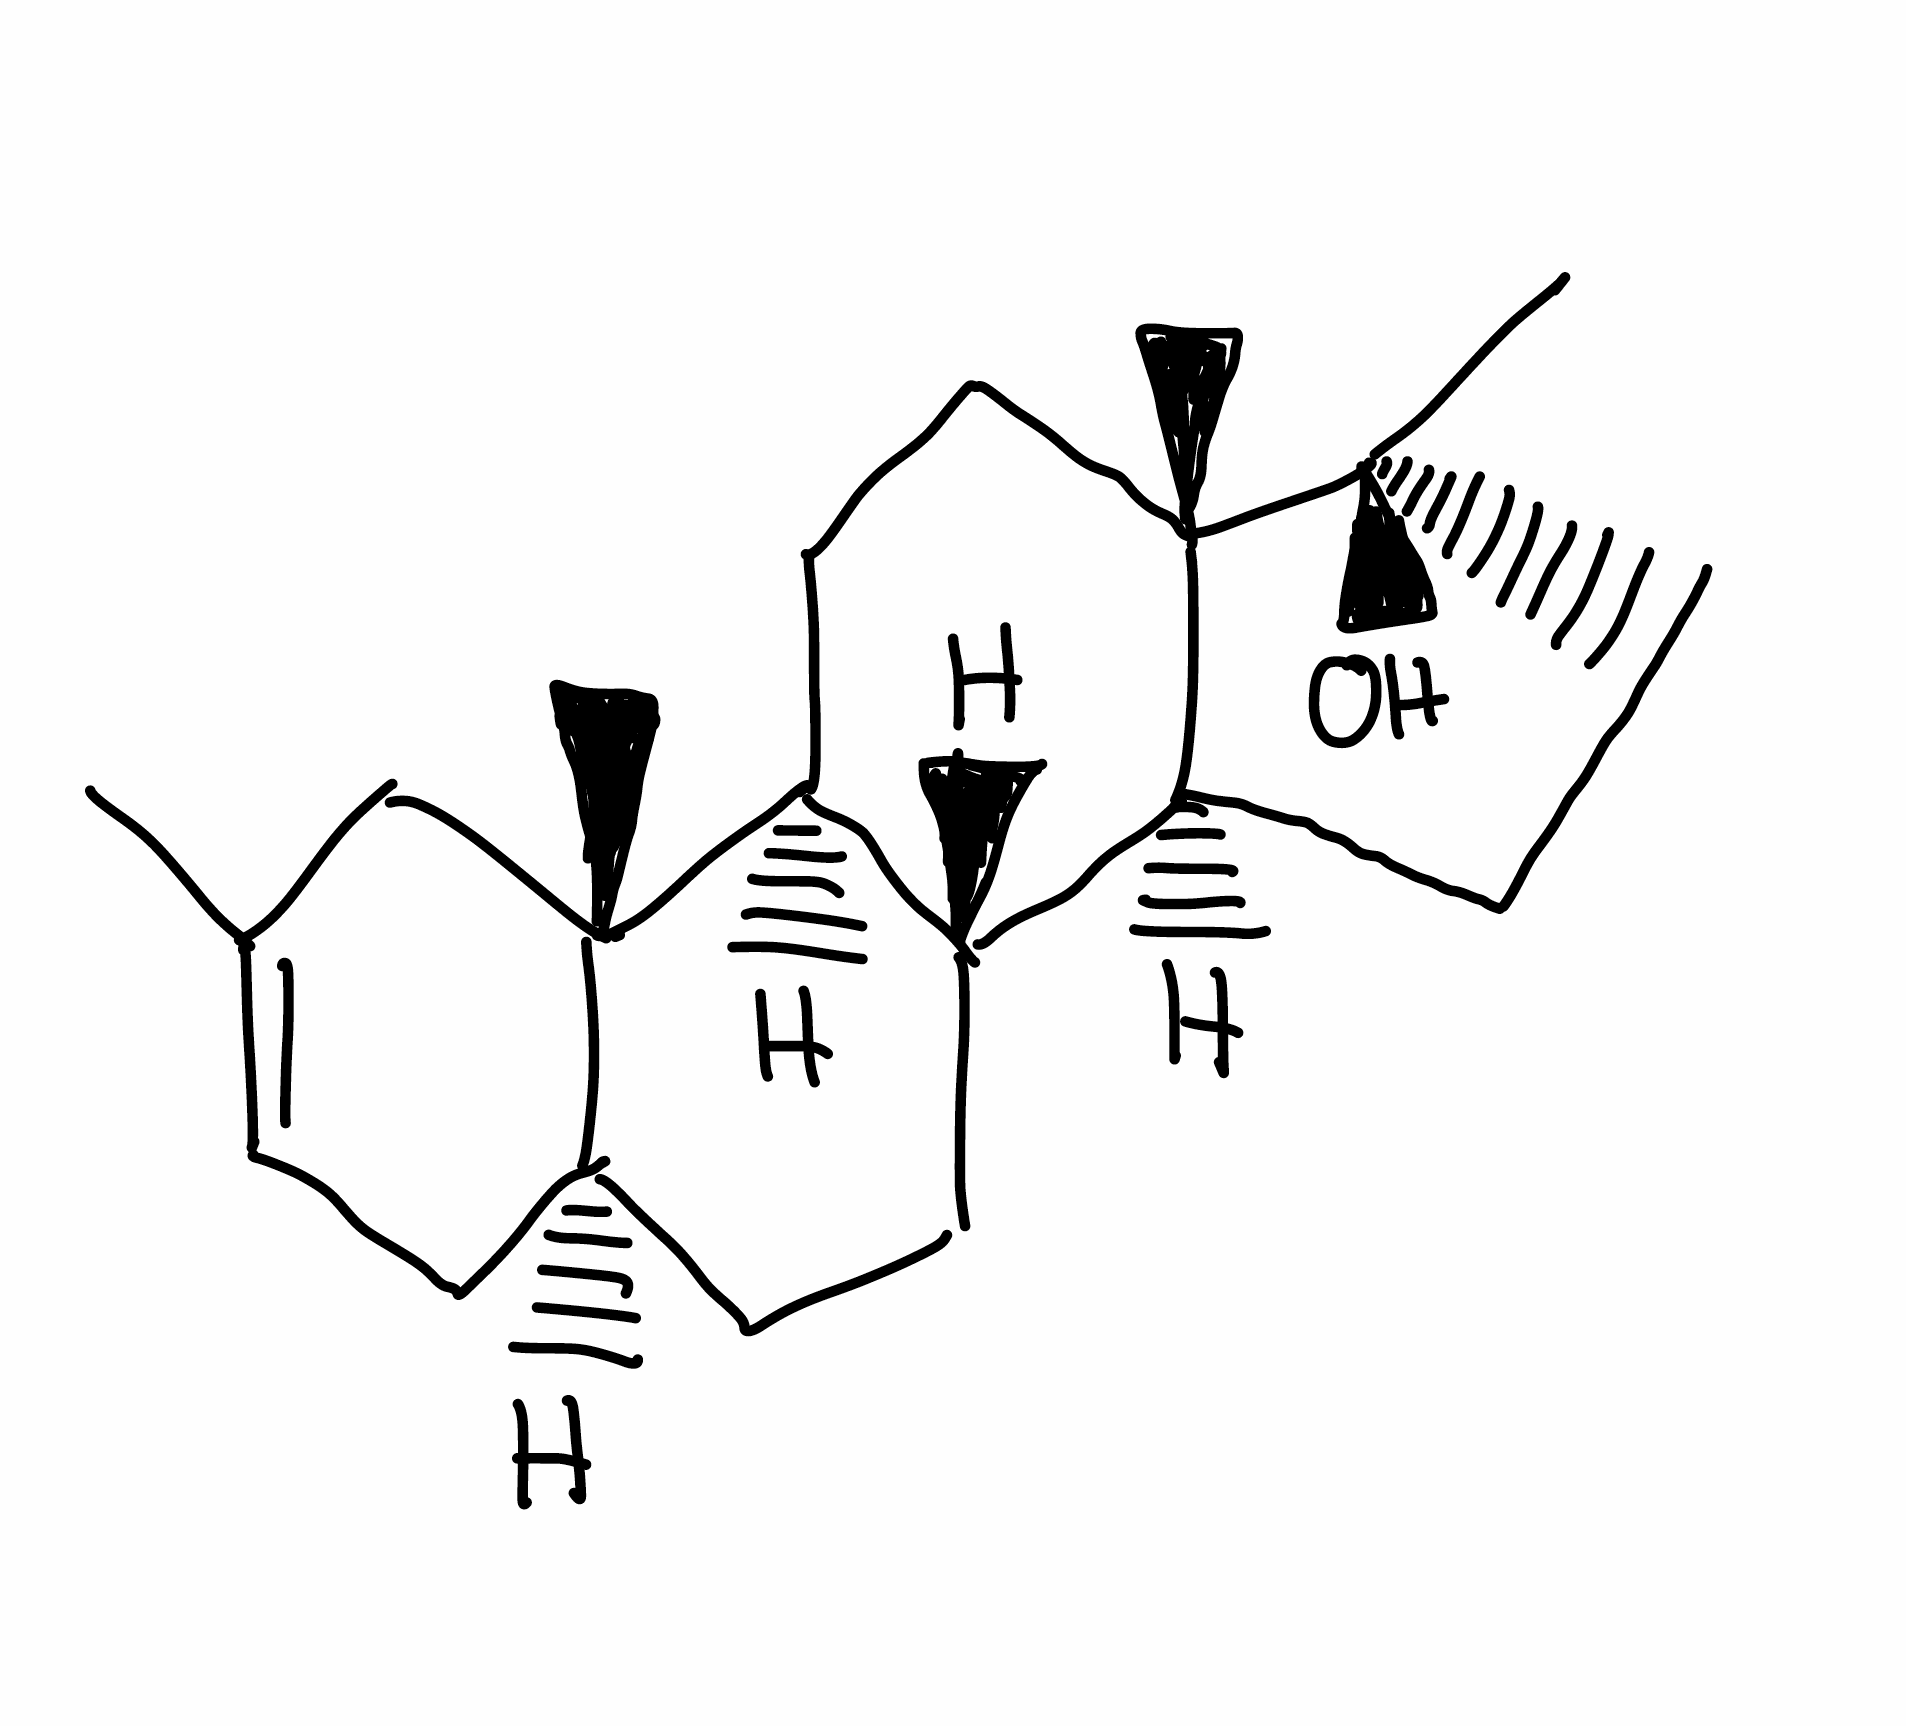
Simplified molecular-input line-entry system (SMILES) notation of the given molecule:
CC1=CC[C@@H]2CC[C@H]3[C@@H]4CC[C@]([C@]4(CC[C@@H]3[C@]2(C1)C)C)(C)O